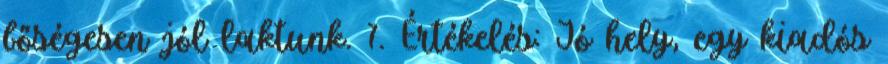
bőségesen jól laktunk. 7. Értékelés: Jó hely, egy kiadós